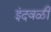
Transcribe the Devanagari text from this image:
इंदवळी